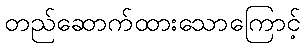
တည်ဆောက်ထားသောကြောင့်